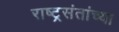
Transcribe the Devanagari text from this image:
राष्ट्रसंतांच्या